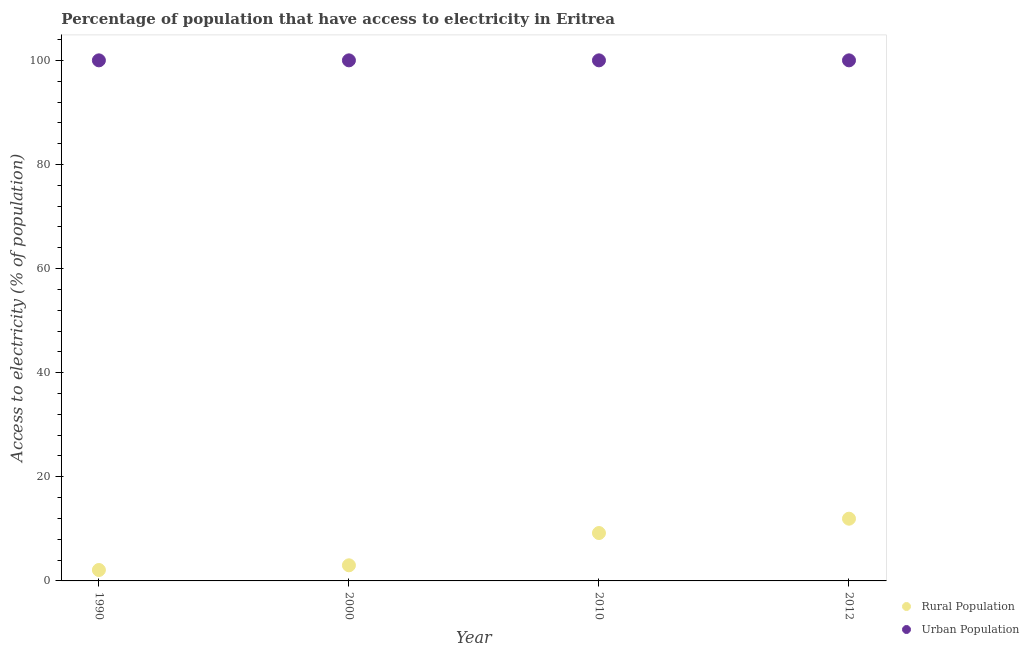
| Year | Rural Population | Urban Population |
 | --- | --- | --- |
 | 1990 | 2.1 | 100 |
 | 2000 | 3 | 100 |
 | 2010 | 9.2 | 100 |
 | 2012 | 12 | 100 |